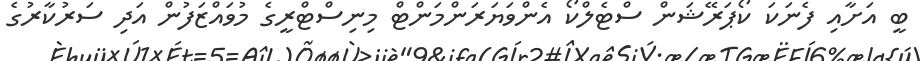
ބީ އަށާއި ފެނަކަ ކޯޕަރޭޝަން ސްޓެލްކޯ އެންވަޔަރަންމަންޓް މިނިސްޓްރީގެ މުވައްޒަފުން އަދި ސަރުކާރުގެ